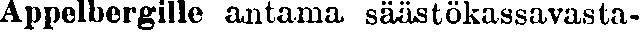
Appelbergille antama säästökassavasta-